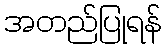
အတည်ပြုရန်